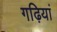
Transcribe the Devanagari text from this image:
गढ़ियां